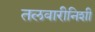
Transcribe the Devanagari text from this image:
तलवारीनिशी